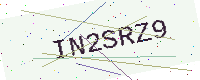
Text: IN2SRZ9